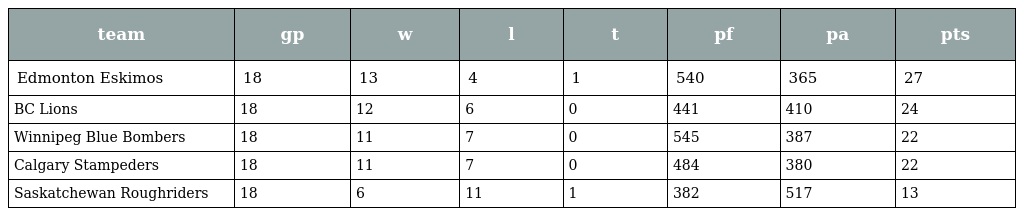
| team | gp | w | l | t | pf | pa | pts |
 | --- | --- | --- | --- | --- | --- | --- | --- |
 | Edmonton Eskimos | 18 | 13 | 4 | 1 | 540 | 365 | 27 |
 | BC Lions | 18 | 12 | 6 | 0 | 441 | 410 | 24 |
 | Winnipeg Blue Bombers | 18 | 11 | 7 | 0 | 545 | 387 | 22 |
 | Calgary Stampeders | 18 | 11 | 7 | 0 | 484 | 380 | 22 |
 | Saskatchewan Roughriders | 18 | 6 | 11 | 1 | 382 | 517 | 13 |